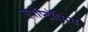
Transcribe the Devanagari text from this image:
एपॉप्टॉसिस